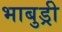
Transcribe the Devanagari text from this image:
भाबुड्री